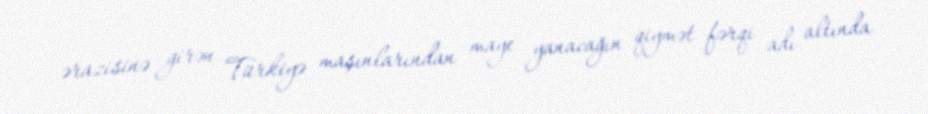
ərazisinə girən Türkiyə maşınlarından maye yanacağın qiymət fərqi adı altında